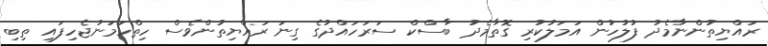
ރައްޔިތުންނާމެދު ފުލުހުން އަމަލުކުރި ގޮތާމެދު ބާސްކް ސަރަހައްދުގެ ގިނަ ރައްޔިތުންވެސް ހިތްހަމަނުޖެހިފައި ތިބި